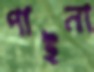
পাইনা